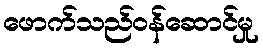
ဖောက်သည်ဝန်ဆောင်မှု